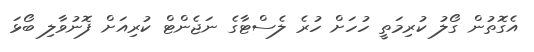
އެގޮތުން ގޯލު ކުރިމަތީ ހުހަށް ހުރެ ލެސްޓާގެ ނަޖެންޓް ކުރިއަށް ފޮނުވާލި ބޯޅަ